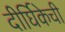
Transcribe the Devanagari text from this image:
दीर्घिकेची